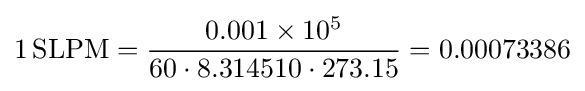
1\,\mathrm {SLPM} ={\frac {0.001\times 10^{5}}{60\cdot 8.314510\cdot 273.15}}=0.00073386